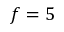
f = 5